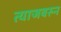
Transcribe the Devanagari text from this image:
त्याजवरुन